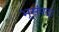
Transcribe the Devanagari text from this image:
भूसंपदा